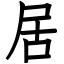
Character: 居